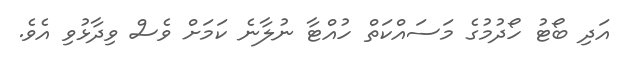
އަދި ބޯޓު ހޯދުމުގެ މަސައްކަތް ހުއްޓާ ނުލާނެ ކަމަށް ވެސް ވިދާޅުވި އެވެ.